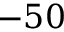
- 5 0